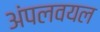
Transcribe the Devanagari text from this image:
अंपलवयल